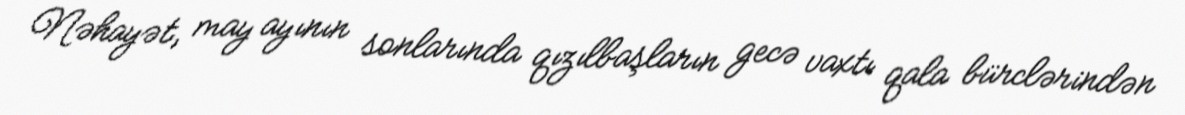
Nəhayət, may ayının sonlarında qızılbaşların gecə vaxtı qala bürclərindən